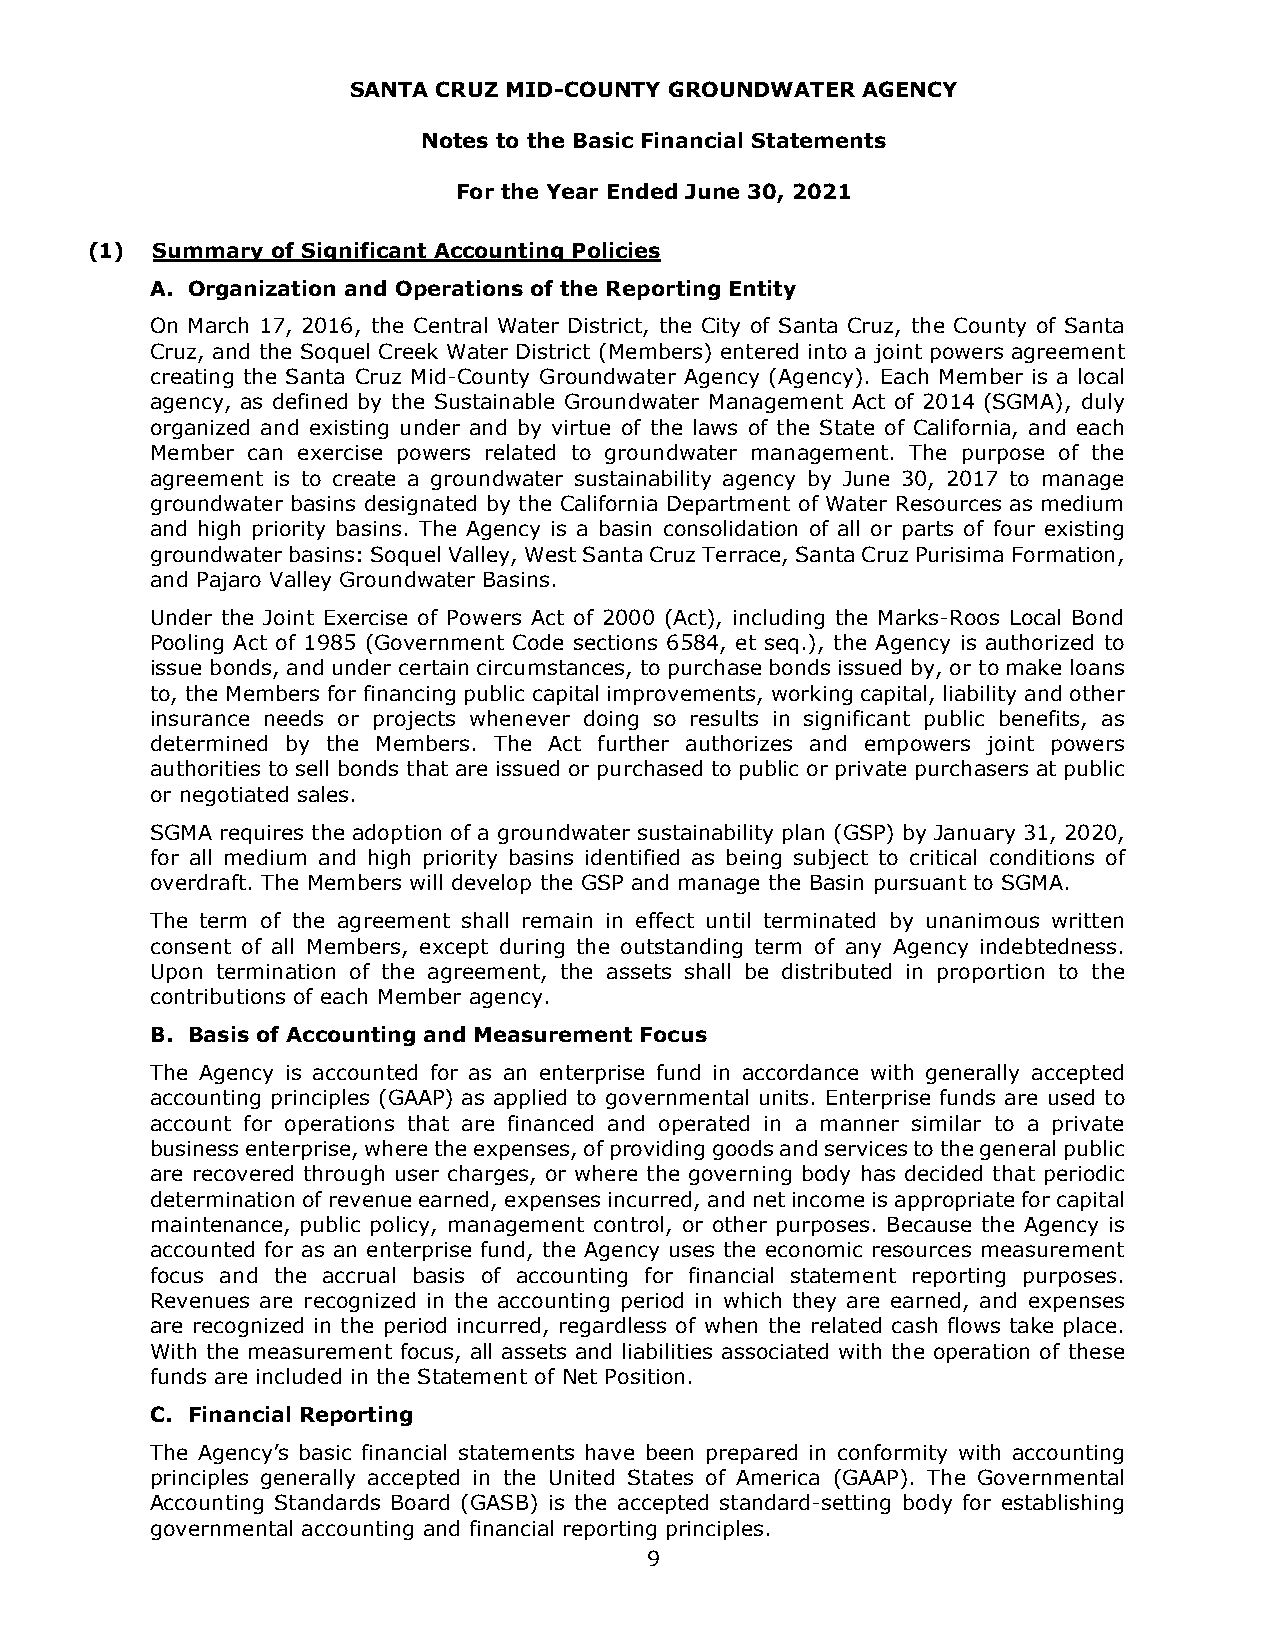
SANTA CRUZ MID-COUNTY GROUNDWATER AGENCY
 Notes to the Basic Financial Statements
 For the Year Ended June 30, 2021
 (1) Summary of Significant Accounting Policies
 A. Organization and Operations of the Reporting Entity
 On March 17, 2016, the Central Water District, the City of Santa Cruz, the County of Santa
 Cruz, and the Soquel Creek Water District (Members) entered into a joint powers agreement
 creating the Santa Cruz Mid-County Groundwater Agency (Agency). Each Member is a local
 agency, as defined by the Sustainable Groundwater Management Act of 2014 (SGMA), duly
 organized and existing under and by virtue of the laws of the State of California, and each
 Member can exercise powers related to groundwater management. The purpose of the
 agreement is to create a groundwater sustainability agency by June 30, 2017 to manage
 groundwater basins designated by the California Department of Water Resources as medium
 and high priority basins. The Agency is a basin consolidation of all or parts of four existing
 groundwater basins: Soquel Valley, West Santa Cruz Terrace, Santa Cruz Purisima Formation,
 and Pajaro Valley Groundwater Basins.
 Under the Joint Exercise of Powers Act of 2000 (Act), including the Marks-Roos Local Bond
 Pooling Act of 1985 (Government Code sections 6584, et seq.), the Agency is authorized to
 issue bonds, and under certain circumstances, to purchase bonds issued by, or to make loans
 to, the Members for financing public capital improvements, working capital, liability and other
 insurance needs or projects whenever doing so results in significant public benefits, as
 determined by the Members. The Act further authorizes and empowers joint powers
 authorities to sell bonds that are issued or purchased to public or private purchasers at public
 or negotiated sales.
 SGMA requires the adoption of a groundwater sustainability plan (GSP) by January 31, 2020,
 for all medium and high priority basins identified as being subject to critical conditions of
 overdraft. The Members will develop the GSP and manage the Basin pursuant to SGMA.
 The term of the agreement shall remain in effect until terminated by unanimous written
 consent of all Members, except during the outstanding term of any Agency indebtedness.
 Upon termination of the agreement, the assets shall be distributed in proportion to the
 contributions of each Member agency.
 B. Basis of Accounting and Measurement Focus
 The Agency is accounted for as an enterprise fund in accordance with generally accepted
 accounting principles (GAAP) as applied to governmental units. Enterprise funds are used to
 account for operations that are financed and operated in a manner similar to a private
 business enterprise, where the expenses, of providing goods and services to the general public
 are recovered through user charges, or where the governing body has decided that periodic
 determination of revenue earned, expenses incurred, and net income is appropriate for capital
 maintenance, public policy, management control, or other purposes. Because the Agency is
 accounted for as an enterprise fund, the Agency uses the economic resources measurement
 focus and the accrual basis of accounting for financial statement reporting purposes.
 Revenues are recognized in the accounting period in which they are earned, and expenses
 are recognized in the period incurred, regardless of when the related cash flows take place.
 With the measurement focus, all assets and liabilities associated with the operation of these
 funds are included in the Statement of Net Position.
 C. Financial Reporting
 The Agency’s basic financial statements have been prepared in conformity with accounting
 principles generally accepted in the United States of America (GAAP). The Governmental
 Accounting Standards Board (GASB) is the accepted standard-setting body for establishing
 governmental accounting and financial reporting principles.
 9